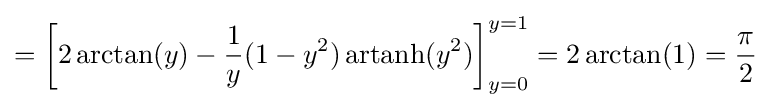
={\biggl [}2\arctan(y)-{\frac {1}{y}}(1-y^{2})\,{\text{artanh}}(y^{2}){\biggr ]}_{y=0}^{y=1}=2\arctan(1)={\frac {\pi }{2}}